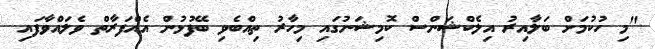
"މި ހުކުމަށް ބަލާއިރު އިލެކްޝަންސް ކޮމިޝަނުގައި މިހާރު ތިއްބެވި ބޭފުޅުން އެއްފަރާތް ވެލައްވާފައި